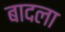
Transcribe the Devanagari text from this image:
बादला